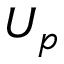
U _ { p }